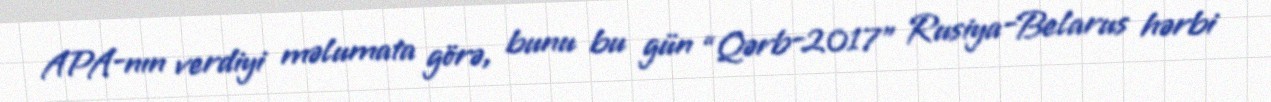
APA-nın verdiyi məlumata görə, bunu bu gün “Qərb-2017” Rusiya-Belarus hərbi